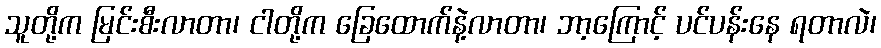
သူတို့က မြင်းစီးလာတာ၊ ငါတို့က ခြေထောက်နဲ့လာတာ၊ ဘာ့ကြောင့် ပင်ပန်းနေ ရတာလဲ၊